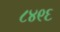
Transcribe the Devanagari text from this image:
८४९६